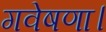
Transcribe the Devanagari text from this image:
गवेषणा।